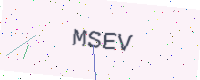
Text: MSEV